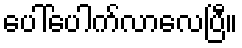
ပေါ်ပေါက်လာလေပြီ။